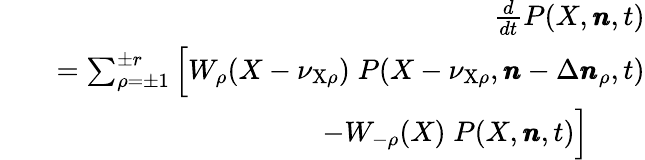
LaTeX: \begin{array}{rlr}&{}&{\frac{d}{dt}P(X,\pmb{n},t)}\\ &{}&{=\sum_{\rho=\pm 1}^{\pm r}\Big[W_{\rho}(X-\nu_{\mathrm{X}\rho})\; P(X-\nu_{\mathrm{X}\rho},\pmb{n}-\Delta\pmb{n}_{\rho},t)}\\ &{}&{\qquad\quad-W_{-\rho}(X)\; P(X,\pmb{n},t)\Big]\qquad}\end{array}